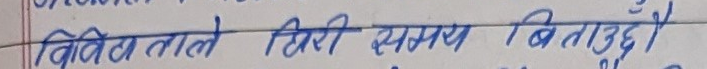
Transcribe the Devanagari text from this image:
विभिन्न तालले हिरी समय बिताउदछौँ।